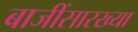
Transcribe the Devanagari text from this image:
बाजींसारख्या